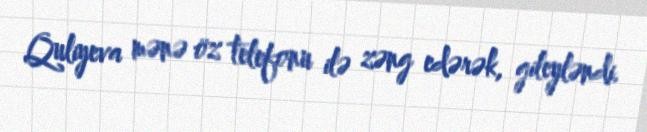
Quliyeva mənə öz telefonu ilə zəng edərək, gileyləndi.